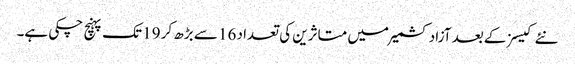
نئے کیسز کے بعد آزاد کشمیر میں متاثرین کی تعداد 16 سے بڑھ کر 19 تک پہنچ چکی ہے۔